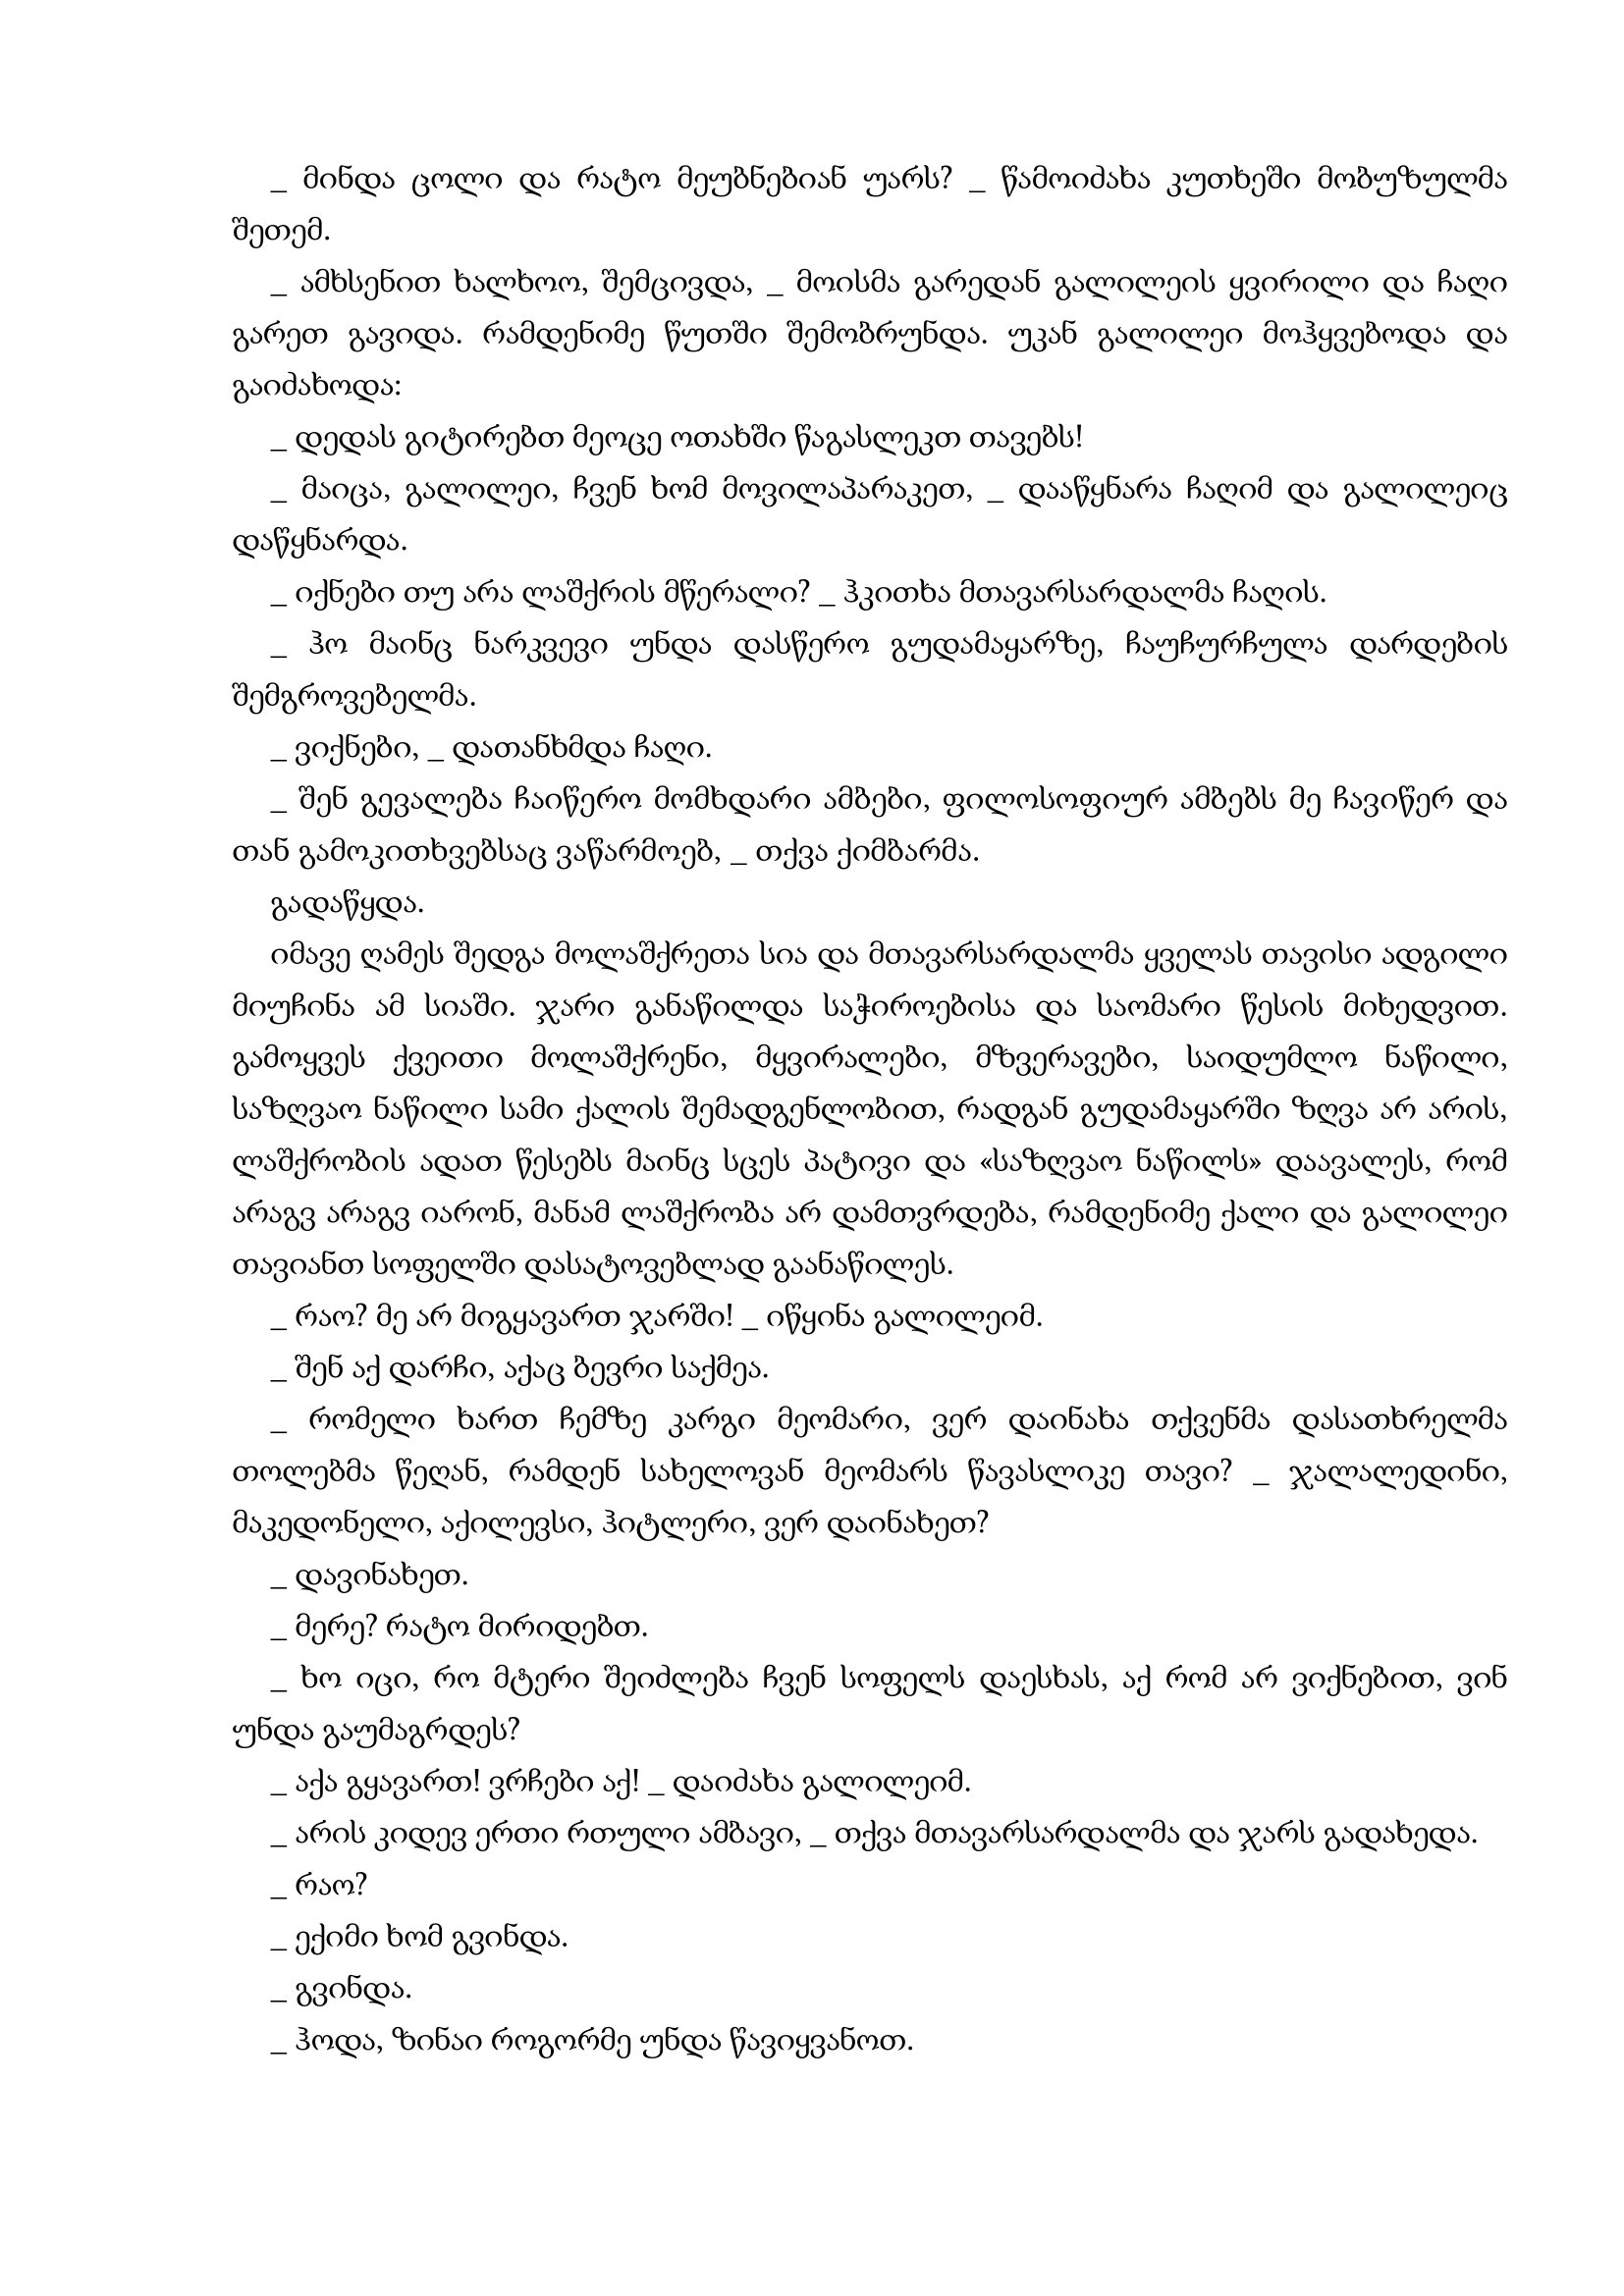
Language: gr